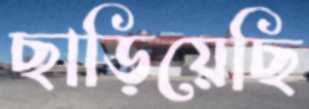
ছাড়িয়েছি